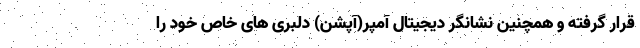
قرار گرفته و همچنین نشانگر دیجیتال آمپر(آپشن) دلبری های خاص خود را